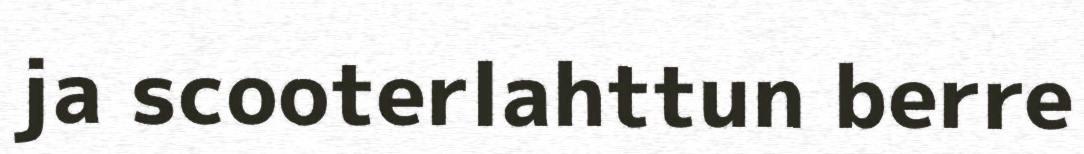
ja scooterlahttun berre